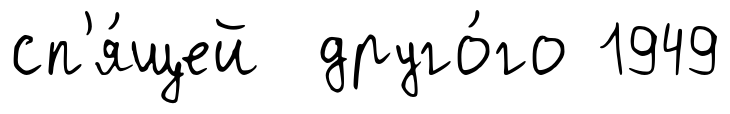
сп'я́щей друго́го 1949